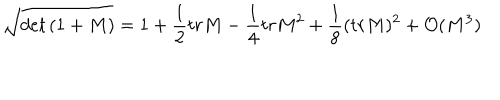
\sqrt { d e t \left( 1 + M \right) } = 1 + \frac { 1 } { 2 } t r M - \frac { 1 } { 4 } t r M ^ { 2 } + \frac { 1 } { 8 } ( t r M ) ^ { 2 } + { \cal O } ( M ^ { 3 } )